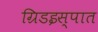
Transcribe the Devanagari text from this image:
ग्रिडइस्पात